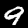
Digit: 9